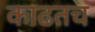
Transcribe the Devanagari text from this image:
काढतच